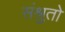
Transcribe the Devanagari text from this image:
संश्रुतो